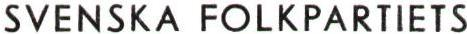
SVENSKA FOLKPARTIETS